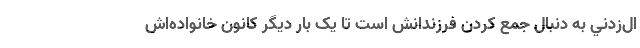
ال‌زدني به دنبال جمع کردن فرزندانش است تا يک بار ديگر کانون خانواده‌اش